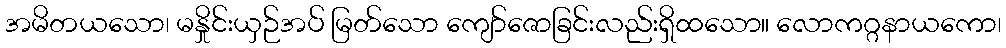
အမိတယသော၊ မနှိုင်းယှဉ်အပ် မြတ်သော ကျော်ဇောခြင်းလည်းရှိထသော။ လောကဂ္ဂနာယကော၊